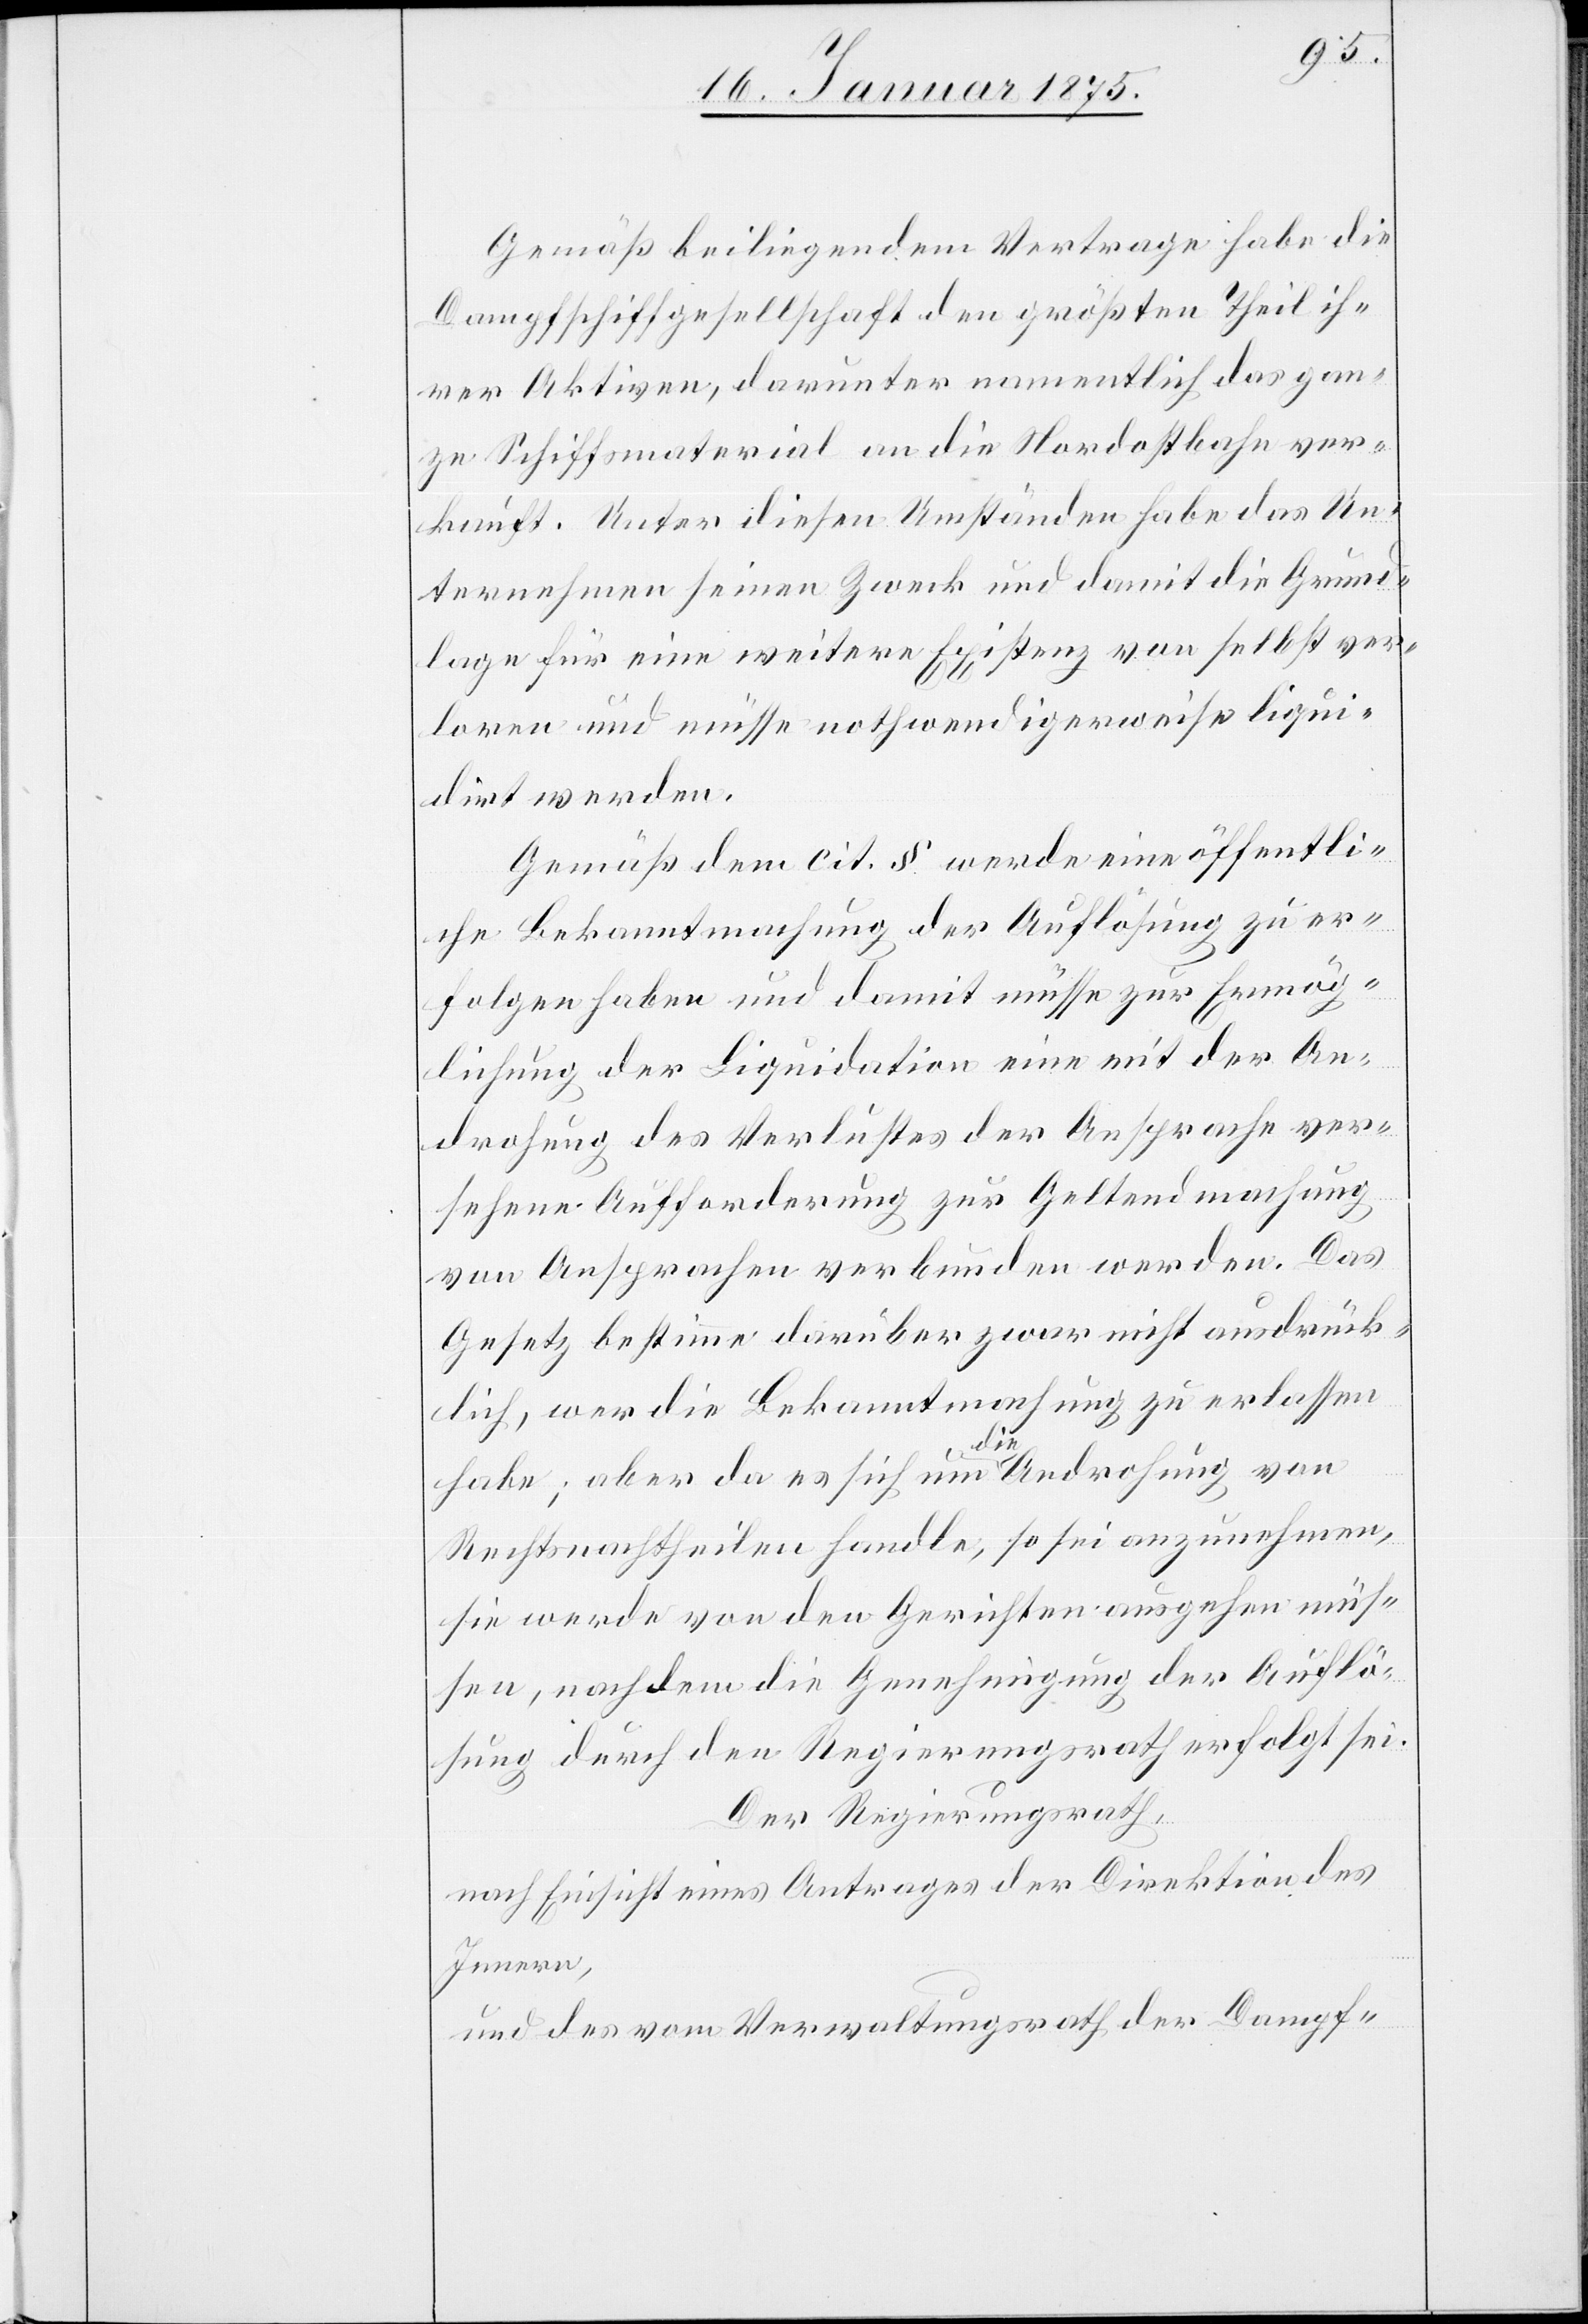
Gemäß beiliegendem Vertrage habe die
Dampfschiffgesellschaft den größten Theil ihr¬
er Aktiven, darunter namentlich das gan¬
ze Schiffsmaterial an die Nordostbahn ver¬
kauft. Unter diesen Umständen habe das Un¬
ternehmen seine Zweck und damit die Grund¬
lage für eine weitere Existenz von selbst ver¬
loren und müsse nothwendigerweise liqui¬
dirt werden.
Gemäß dem cit. § werde eine öffentli¬
che Bekanntmachung der Auflösung zu er¬
folgen haben und damit müsse zur Ermög¬
lichung der Liquidation eine mit der An¬
drohung des Verlustes der Ansprache ver¬
sehene Aufforderung zur Geltendmachung
von Ansprachen verbunden werden. Das
Gesetz bestimme darüber zwar nicht ausdrück¬
lich, wer die Bekanntmachung zu erlassen
habe; aber da es sich um a-die-a Androhung von
Rechtsnachtheilen handle, so sei anzunehmen,
sie werde von den Gerichten ausgehen müs¬
sen, nachdem die Genehmigung der Auflö¬
sung durch den Regierungsrathe erfolgt sei.
Der Regierungsrath,
nach Einsicht eines Antrages der Direktion des
Innern,
und des vom Verwaltungsrath der Dampf-